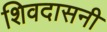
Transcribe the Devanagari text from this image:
शिवदासनी